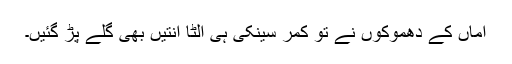
اماں کے دھموکوں نے تو کمر سینکی ہی الٹا آنتیں بھی گلے پڑ گئیں۔